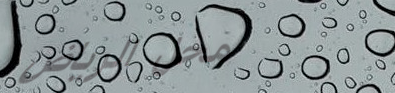
محل الرياض